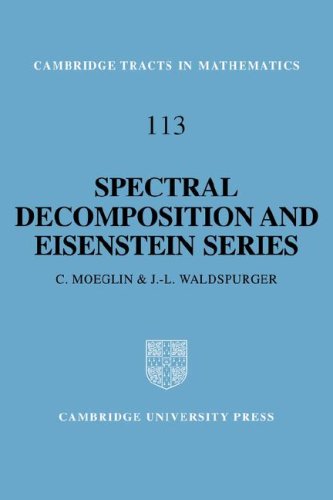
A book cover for Spectral Decomposition and Eisenstein Series: A Paraphrase of the Scriptures (Cambridge Tracts in Mathematics); C. Moeglin; Science & Math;